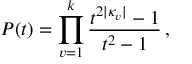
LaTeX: P ( t ) = \prod _ { v = 1 } ^ { k } \frac { t ^ { 2 | \kappa _ { v } | } - 1 } { t ^ { 2 } - 1 } \, ,